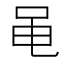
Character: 黾